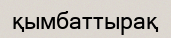
қымбаттырақ